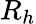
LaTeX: R_{h}